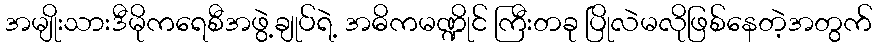
အမျိုးသားဒီမိုကရေစီအဖွဲ့ချုပ်ရဲ့ အဓိကမဏ္ဍိုင် ကြီးတခု ပြိုလဲမလိုဖြစ်နေတဲ့အတွက်